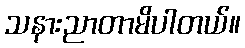
သနားညာတာမိပါတယ်။